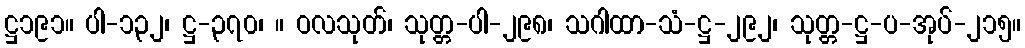
ဋ္ဌ၁၉၁။ ပါ-၁၃၂၊ ဋ္ဌ-၃၇၀၊ ။ ဝလသုတ်၊ သုတ္တ-ပါ-၂၉၈၊ သဂါထာ-သံ-ဋ္ဌ-၂၉၂၊ သုတ္တ-ဋ္ဌ-ပ-အုပ်-၂၁၅။